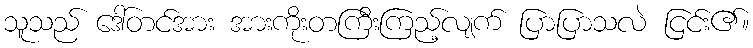
သူသည် ဒေါ်တင်အား အားကိုးတကြီးကြည့်လျက် ပြာပြာသလဲ ငြင်း၏။